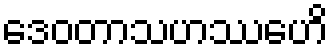
ဒေဝတာသဟဿေဟိ